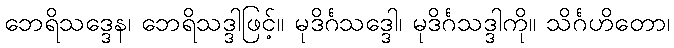
ဘေရိသဒ္ဒေန၊ ဘေရိသဒ္ဒါဖြင့်။ မုဒိင်္ဂသဒ္ဒေါ၊ မုဒိင်္ဂသဒ္ဒါကို။ သိင်္ဂဟိတော၊